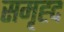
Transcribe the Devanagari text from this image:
समृह्द